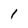
Character: 1